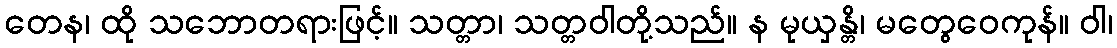
တေန၊ ထို သဘောတရားဖြင့်။ သတ္တာ၊ သတ္တဝါတို့သည်။ န မုယှန္တိ၊ မတွေဝေကုန်။ ဝါ၊